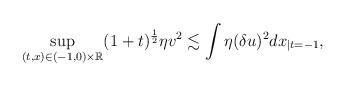
LaTeX: \begin{align*}\sup_{(t,x)\in(-1,0)\times\mathbb{R}}(1+t)^\frac{1}{2}\eta v^2\lesssim\int\eta(\delta u)^2dx_{|t=-1},\end{align*}